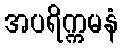
အပရိက္ကမနံ